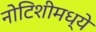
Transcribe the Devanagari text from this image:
नोटिशीमध्ये